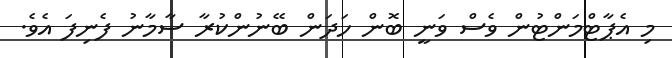
މި އެޕާޓްމަންޓުން ވެސް ވަނީ ބޮން ހަދަން ބޭނުންކުރާ ސާމާނު ފެނިފަ އެވެ.